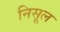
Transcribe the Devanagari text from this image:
निसूल